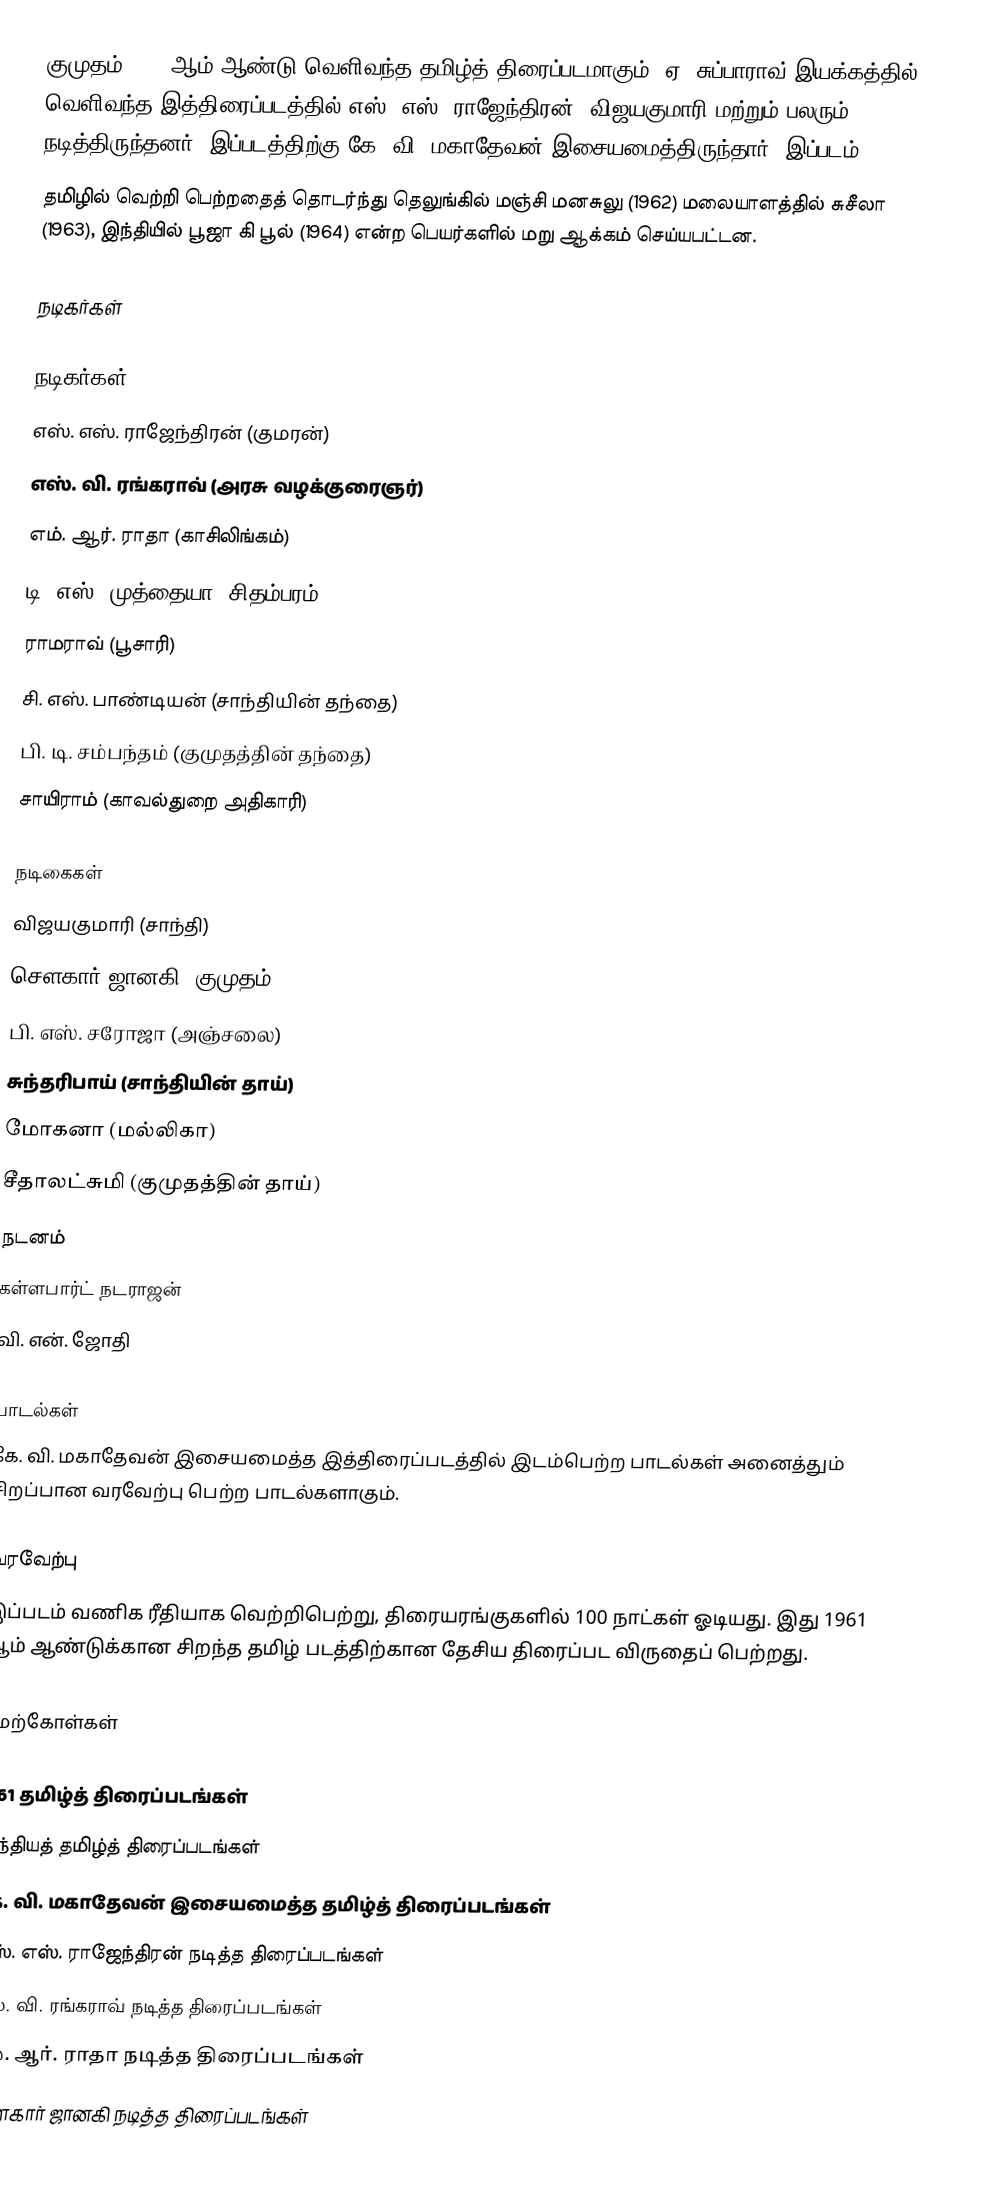
குமுதம் 1961 ஆம் ஆண்டு வெளிவந்த தமிழ்த் திரைப்படமாகும். ஏ. சுப்பாராவ் இயக்கத்தில் வெளிவந்த இத்திரைப்படத்தில் எஸ். எஸ். ராஜேந்திரன், விஜயகுமாரி மற்றும் பலரும் நடித்திருந்தனர். இப்படத்திற்கு கே. வி. மகாதேவன் இசையமைத்திருந்தார். இப்படம்
தமிழில் வெற்றி பெற்றதைத் தொடர்ந்து தெலுங்கில் மஞ்சி மனசுலு (1962) மலையாளத்தில் சுசீலா (1963), இந்தியில் பூஜா கி பூல் (1964) என்ற பெயர்களில் மறு ஆக்கம் செய்யபட்டன.

நடிகர்கள்

நடிகர்கள்
 எஸ். எஸ். ராஜேந்திரன் (குமரன்)
 எஸ். வி. ரங்கராவ் (அரசு வழக்குரைஞர்)
 எம். ஆர். ராதா (காசிலிங்கம்)
 டி. எஸ். முத்தையா (சிதம்பரம்)
 ராமராவ் (பூசாரி)
 சி. எஸ். பாண்டியன் (சாந்தியின் தந்தை)
 பி. டி. சம்பந்தம் (குமுதத்தின் தந்தை)
 சாயிராம் (காவல்துறை அதிகாரி)

நடிகைகள்
 விஜயகுமாரி (சாந்தி)
 சௌகார் ஜானகி (குமுதம்)
 பி. எஸ். சரோஜா (அஞ்சலை)
 சுந்தரிபாய் (சாந்தியின் தாய்)
 மோகனா (மல்லிகா)
 சீதாலட்சுமி (குமுதத்தின் தாய்)
நடனம்
 கள்ளபார்ட் நடராஜன்
 வி. என். ஜோதி

பாடல்கள்
கே. வி. மகாதேவன் இசையமைத்த இத்திரைப்படத்தில் இடம்பெற்ற பாடல்கள் அனைத்தும் சிறப்பான வரவேற்பு பெற்ற பாடல்களாகும்.

வரவேற்பு
இப்படம் வணிக ரீதியாக வெற்றிபெற்று, திரையரங்குகளில் 100 நாட்கள் ஓடியது. இது 1961 ஆம் ஆண்டுக்கான சிறந்த தமிழ் படத்திற்கான  தேசிய திரைப்பட விருதைப் பெற்றது.

மேற்கோள்கள்

1961 தமிழ்த் திரைப்படங்கள்
இந்தியத் தமிழ்த் திரைப்படங்கள்
கே. வி. மகாதேவன் இசையமைத்த தமிழ்த் திரைப்படங்கள்
எஸ். எஸ். ராஜேந்திரன் நடித்த திரைப்படங்கள்
எஸ். வி. ரங்கராவ் நடித்த திரைப்படங்கள்
எம். ஆர். ராதா நடித்த திரைப்படங்கள்
சௌகார் ஜானகி நடித்த திரைப்படங்கள்